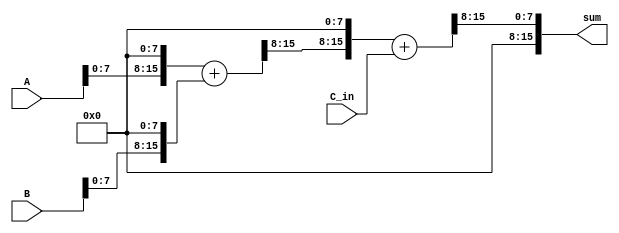
module fixed_point_adder (
    input signed [15:0] A,
    input signed [15:0] B,
    input signed [15:0] C_in,
    output signed [15:0] sum
);

reg signed [15:0] intermediate_result;
reg signed [15:0] final_result;

// First arithmetic block
reg signed [15:0] shift_reg_A;
reg signed [15:0] shift_reg_B;

always @* begin
    shift_reg_A = A << 8; // Shift left to align decimal point
    shift_reg_B = B << 8; // Shift left to align decimal point
    intermediate_result = shift_reg_A + shift_reg_B; // Add A and B
    intermediate_result = intermediate_result >> 8; // Shift right to adjust decimal point
end

// Second arithmetic block
reg signed [15:0] shift_reg_intermediate;

always @* begin
    shift_reg_intermediate = intermediate_result << 8; // Shift left to align decimal point
    final_result = shift_reg_intermediate + C_in; // Add intermediate result and C_in
    sum = final_result >> 8; // Shift right to adjust decimal point
end

endmodule